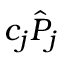
c _ { j } \hat { P } _ { j }